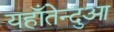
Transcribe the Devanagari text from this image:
यहाँतेन्दुआ